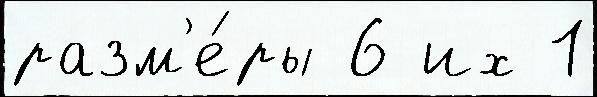
разм'е́ры 6 их 1